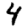
Digit: 4